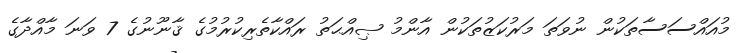
މުއައްސަސާތަކުން ނުވަތަ މަރުކަޒުތަކުން އާންމު ޞިއްޙަތު ރައްކާތެރިކުރުމުގެ ޤާނޫނުގެ 7 ވަނަ މާއްދާގެ